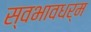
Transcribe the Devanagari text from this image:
स्वभावधर्म